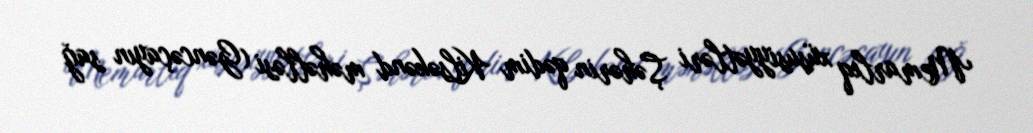
Memarlıq xüsusiyyətləri Şəhərin qədim Kilsəkənd məhəlləsi (Gəncəçayın sağ